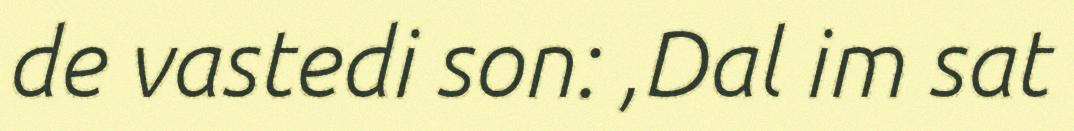
de vastedi son: ,Dal im sat